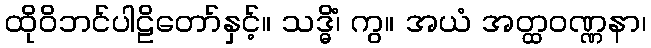
ထိုဝိဘင်ပါဠိတော်နှင့်။ သဒ္ဓိံ၊ ကွ။ အယံ အတ္ထဝဏ္ဏနာ၊